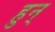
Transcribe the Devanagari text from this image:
हुन्